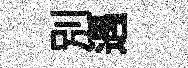
别遇